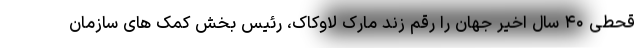
قحطی ۴۰ سال اخیر جهان را رقم زند مارک لاوکاک، رئیس بخش کمک های سازمان